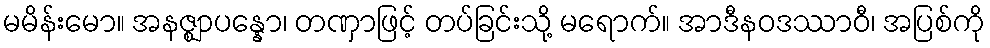
မမိန်းမော။ အနဇ္ဈာပန္နော၊ တဏှာဖြင့် တပ်ခြင်းသို့ မရောက်။ အာဒီနဝဒဿာဝီ၊ အပြစ်ကို